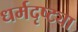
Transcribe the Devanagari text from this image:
धर्मदृष्ट्या